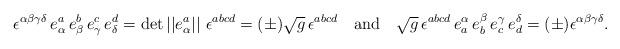
LaTeX: \begin{align*}\epsilon ^{\alpha \beta \gamma \delta }\,e_\alpha ^a\,e_\beta ^b\,e_\gamma^c\,e_\delta ^d=\det \left| \left| e_\alpha ^a\right| \right|\, \epsilon ^{abcd}=(\pm )\sqrt{g}\, \epsilon ^{abcd}\quad {\rm and}\quad\sqrt{g}\,\epsilon^{abcd}\,e_a^\alpha \,e_b^\beta \,e_c^\gamma \,e_d^\delta=(\pm ) \epsilon^{\alpha \beta \gamma \delta }.\end{align*}